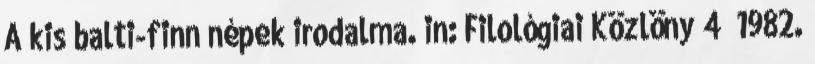
A kis balti-finn népek irodalma. in: Filológiai Közlöny 4 1982.